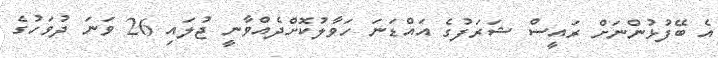
އެ ބޭފުޅުންނަށް ރައީސް ޝަރަފުގެ އައްޑަނަ ހަވާލުކޮށްދެއްވާނީ ޖުލައި 26 ވަނަ ދުވަހުގެ